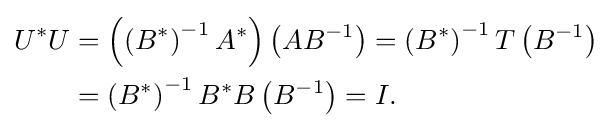
{\begin{aligned}U^{*}U&=\left(\left(B^{*}\right)^{-1}A^{*}\right)\left(AB^{-1}\right)=\left(B^{*}\right)^{-1}T\left(B^{-1}\right)\\&=\left(B^{*}\right)^{-1}B^{*}B\left(B^{-1}\right)=I.\end{aligned}}